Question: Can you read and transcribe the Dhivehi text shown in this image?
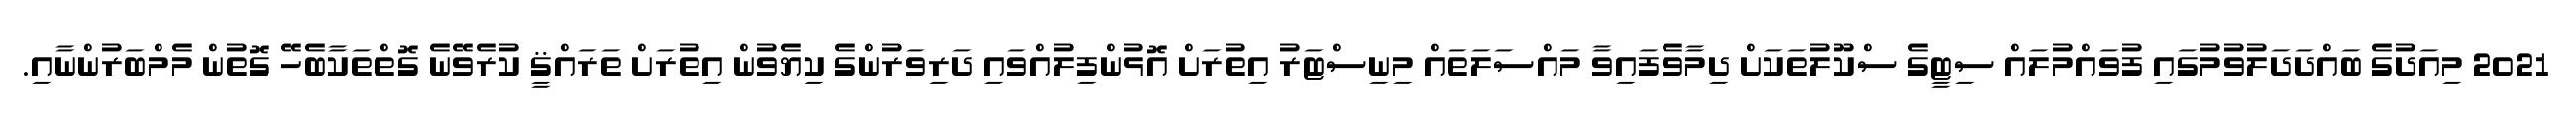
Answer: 2021 މިއަދުގެ ބައްދަދަލުވުމުގައި ފުވައްމުލައް ސިޓީގެ ސްކޫލުތަކަށް ދިމާވެފައިވާ މައްސަލަތައް މިނިސްޓަރު އިތުރަށް އޮޅުންފިލުއްވައި ދަރިވަރުންގެ ކިޔެވުން އިތުރަށް ތަރައްޤީ ކުރެވޭނެ ގޮތްތަކާބެހޭ ގޮތުން މެމްބަރުންނާއި.